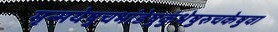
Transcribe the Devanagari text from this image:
मृन्मयेषुचभांडेषुकुंभेषुरुचकेषुवा